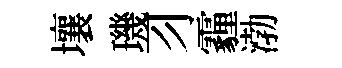
壤璣习霾渤